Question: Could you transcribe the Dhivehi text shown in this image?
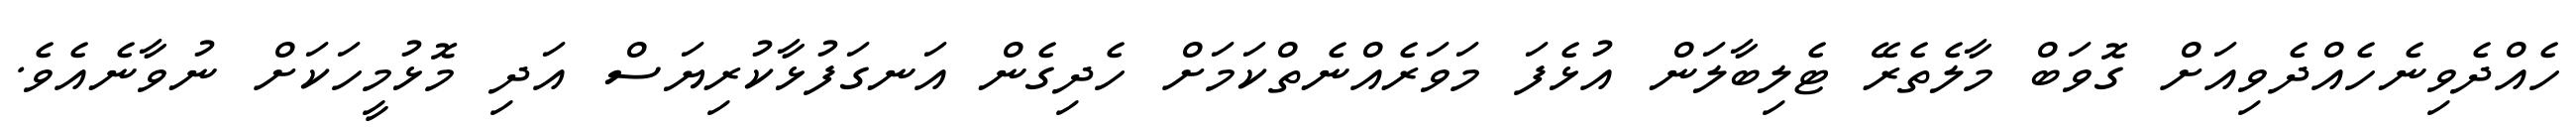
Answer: ހެއްދެވިނެހެއްދެވިއަށް ގޮވަބް މާލެތެރޭ ޓެލިބާލަން އުޅެފަ މަވަރެއްނެތްކަމަށް ހެދިގެން އަނގަފުޅާކުރިޔަސް އަދި މޮޅުމީހަކަށް ނުވާނެއެވެ.